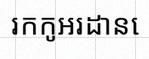
រកកូអរដោនេ